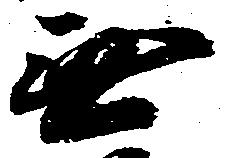
無